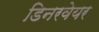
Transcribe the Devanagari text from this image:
डिनरवेयर